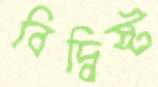
বিদ্বিষ্ট